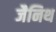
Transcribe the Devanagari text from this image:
जैनिथ